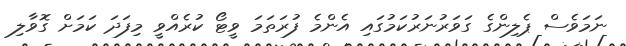
ނަމަވެސް ޕެލިންގެ ގަވަރުނަރުކަމުގައި އެންމެ ފުރަތަމަ ވީޓޯ ކުރެއްވީ މިފަދަ ކަމަށް ގޮވާލި